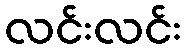
လင်းလင်း